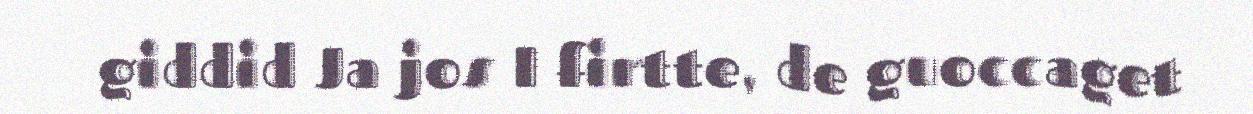
giddid Ja jos I firtte, de guoccaget